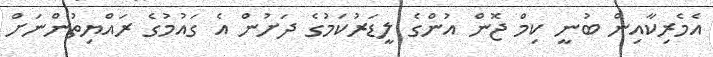
އެމެރިކާއިން ބުނީ ކިމް ޖޮން އުންގެ ލީޑަރުކަމުގެ ދަށުން އެ ގައުމުގެ ރައްޔިތުންނަށް